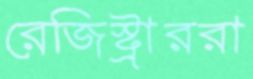
রেজিস্ট্রাররা